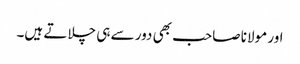
اور مولانا صاحب بھی دور سے ہی چلاتے ہیں۔